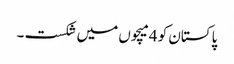
پاکستان کو 4میچوں میں شکست ۔